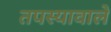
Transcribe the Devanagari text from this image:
तपस्यावाले